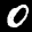
Label: 0